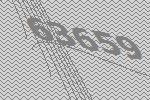
63659